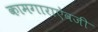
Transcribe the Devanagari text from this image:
कामगाराऐवजी